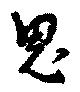
思